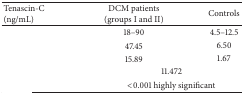
<table><thead><tr><td><b>Tenascin-C (ng/mL)</b></td><td><b>DCM patients (groups I and II)</b></td><td><b>Controls</b></td></tr></thead><tbody><tr><td>[EMPTY_CELL]</td><td>18–90</td><td>4.5–12.5</td></tr><tr><td>[EMPTY_CELL]</td><td>47.45</td><td>6.50</td></tr><tr><td>[EMPTY_CELL]</td><td>15.89</td><td>1.67</td></tr><tr><td>[EMPTY_CELL]</td><td colspan="2">11.472</td></tr><tr><td>[EMPTY_CELL]</td><td colspan="2">&lt;0.001 highly significant</td></tr></tbody></table>